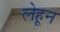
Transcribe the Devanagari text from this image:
लेहून